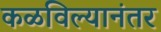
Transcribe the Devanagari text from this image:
कळविल्यानंतर